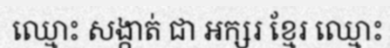
ឈ្មោះ សង្កាត់ ជា អក្សរ ខ្មែរ ឈ្មោះ